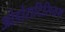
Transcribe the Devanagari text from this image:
ओडोराटिसियम